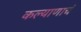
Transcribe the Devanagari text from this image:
कल्याणाचं